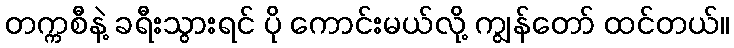
တက္ကစီနဲ့ ခရီးသွားရင် ပို ကောင်းမယ်လို့ ကျွန်တော် ထင်တယ်။